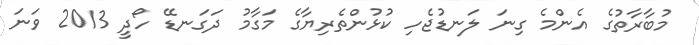
މުބާރާތުގެ އެންމެ ގިނަ ލަނޑުޖެހި ކުޅުންތެރިޔާގެ މަގާމު ދަގަނޑޭ ހޯދީ 2013 ވަނަ